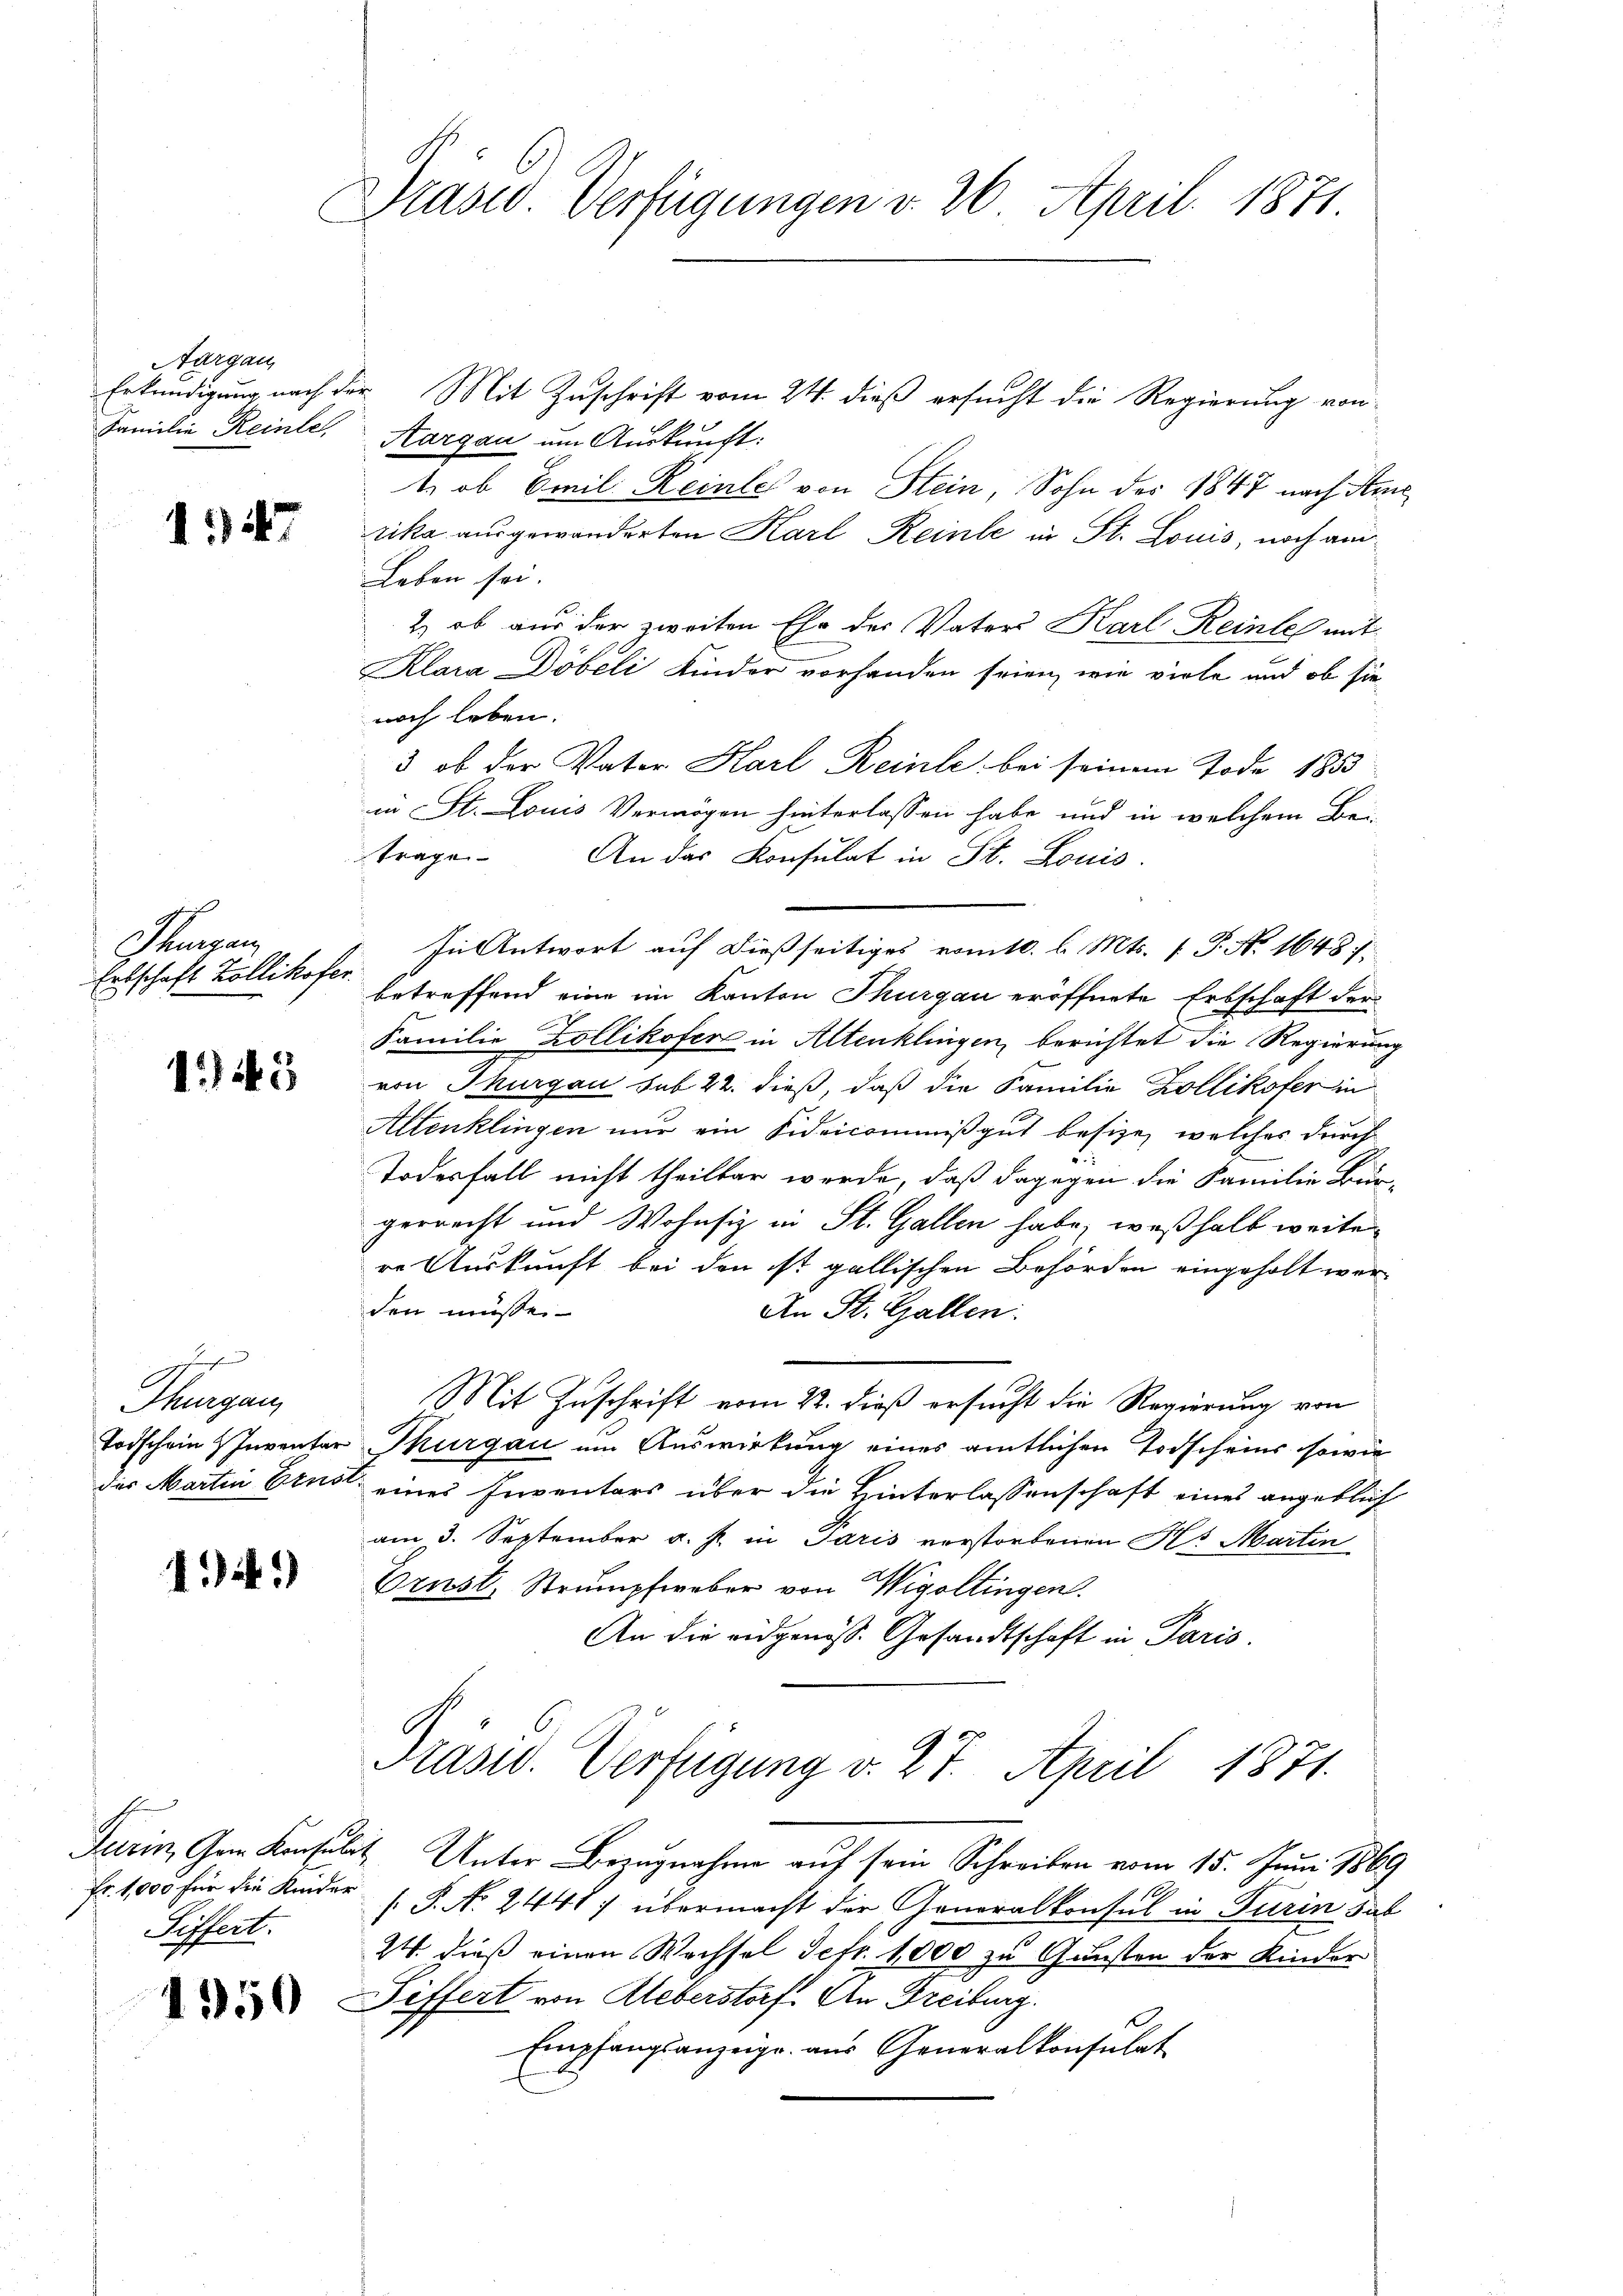
Aargau

1347

Stugen
Erbschaft Zollikofer
1

145

g
Thurgau

4i)

Fr. 1,000 für die Kinder
Siffert.

1350

Präsid. Verfügungen v. 26. April 1871.

Erkundigung nach der Mit Zuschrift vom 24. dieß ersucht die Regierung von
Familie Reinte, Aargau um Auskunft:
1. ob Emil Reinles von Stein, Sohn des 1847 nach Ame
rika ausgewanderten Karl Reinle in St. Louis, noch am
Leben sei.
2) ob aus der zweiten Ehe des Vaters Karl Reinles mit
Klara Döbeli Kinder vorhanden seien, wie viele und ob sienoch leben.
3 ob der Vater Karl Reinle bei seinem Tode 1853
in St. Louis Vermögen hinterlassen habe und in welchem Bei-
trage. An das Konsulat in St. Louis
In Antwort auf dießseitiges vom 10. d. Mts. 1. P. Nr. 1648).
betreffend eine im Kanton Thurgau eröffnete Erbschaft der
Familie Zollikofer in Altenklingen, berichtet die Regierung
von Thurgau sub 22. dieß, daß die Familie Kollikofer in
Altenklingen nur ein Fideicommißgut besize, welches durch
Todesfall nicht theilbar werde, daß dagegen die Familie Bur-
gerrecht und Wohnsiz in St. Gallen habe, weßhalb weite
re Auskunft bei den ist gallischen Behörden eingeholt werden müsse.
An St. Gallen.
Mit Zuschrift vom 22. dieß ersucht die Regierung von
Todschein Inventar Thurgau um Auswirkung eines amtlichen Todscheins sowie
des Martin Ernst eines Inventars über die Hinterlassenschaft eines angeblich
am 3. September a. p. in Paris verstorbenen Hs. Martin
Ernst. Strumpfweber von Wigoltingen.
An die eidgenöss. Gesandtschaft in Paris.

Präsid. Verfügung v. 27. April 1871.

Turin, Gem Konsulat Unter Bezugnahme auf sein Schreiben vom 15. Juni 1869
.P. Nr. 2441) übermacht der Generalkonsul in Turin dab
24. dieß einen Wachsel Sefr. 1000 zu Gunsten der Kinder
Differt von Ueberstorf. An Freiburg.
Empfangsanzeige aus Generalkonsulat